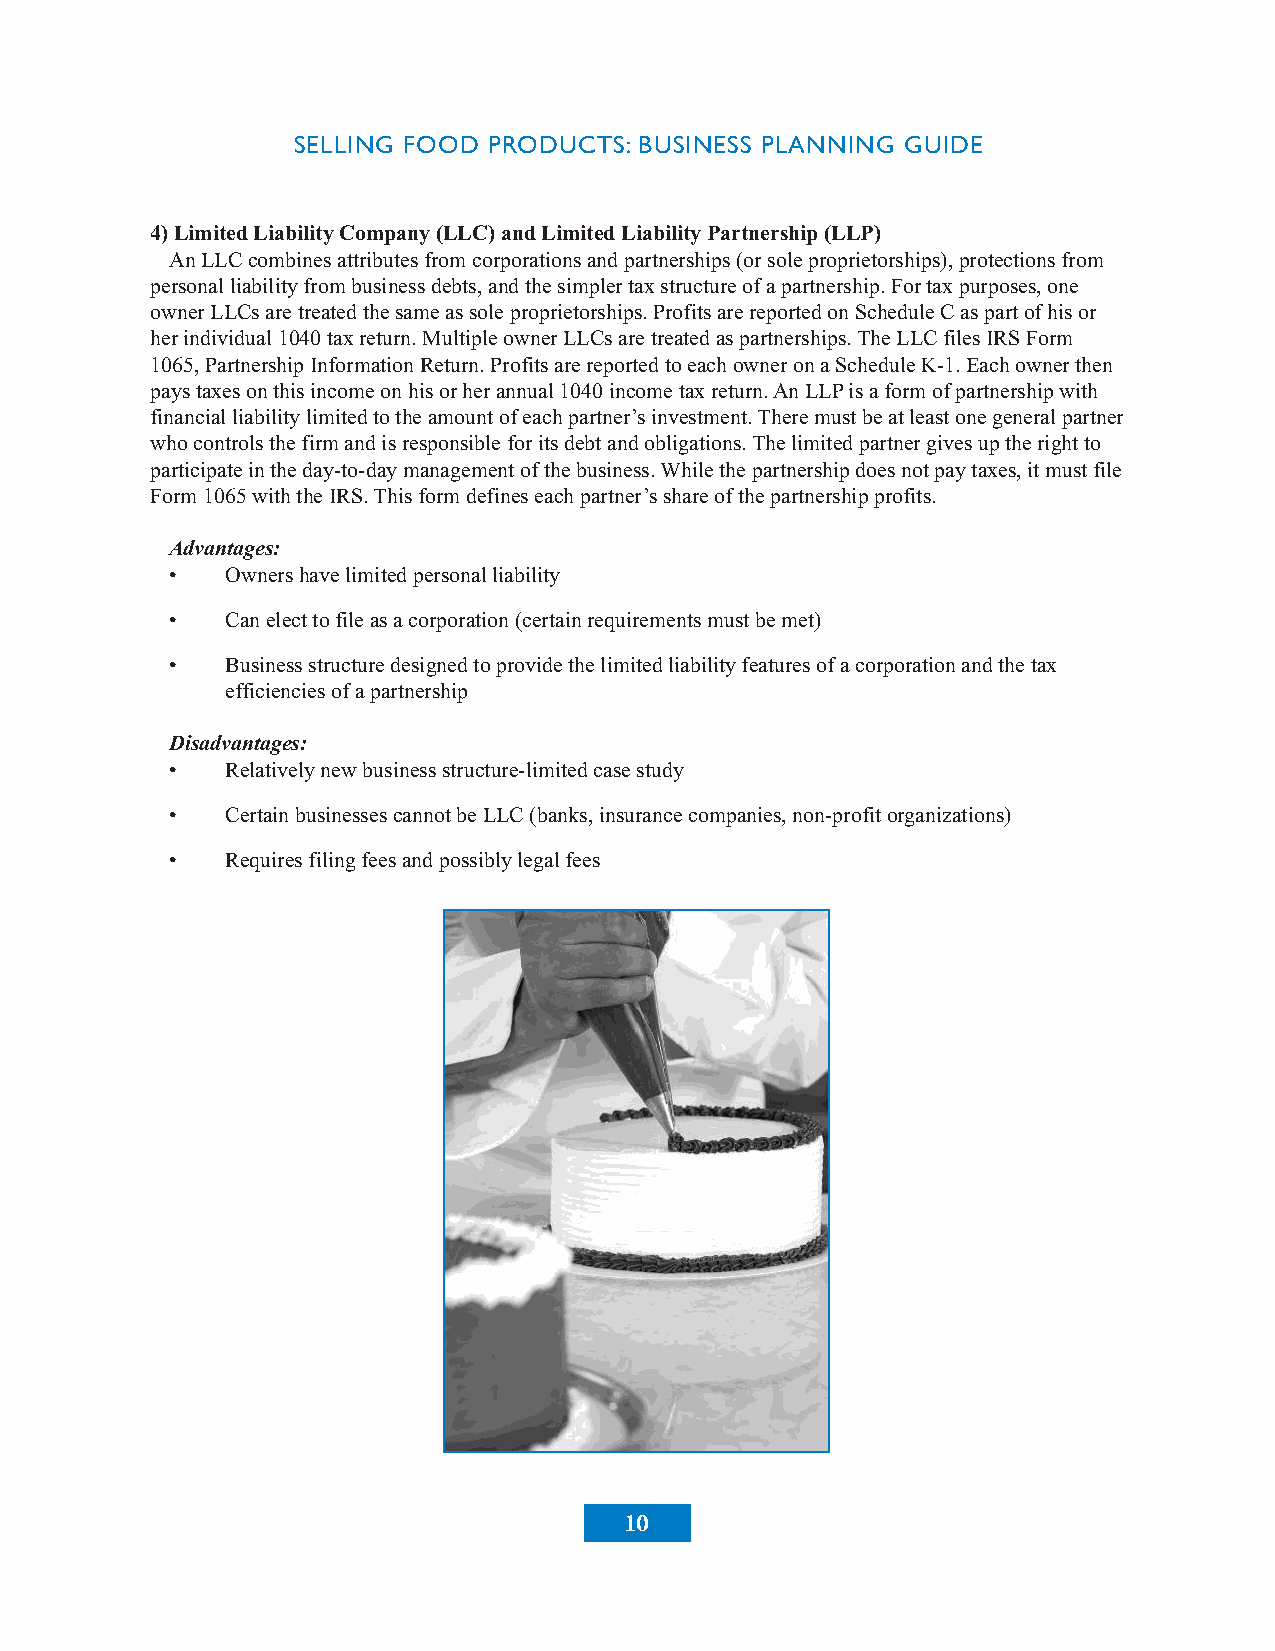
SELLING FOOD PRODUCTS: BUSINESS PLANNING GUIDE
 4)LimitedLiabilityCompany(LLC)andLimitedLiabilityPartnership(LLP)
 AnLLCcombinesattributesfromcorporationsandpartnerships(orsoleproprietorships),protectionsfrom
 personalliabilityfrombusinessdebts,andthesimplertaxstructureofapartnership.Fortaxpurposes,one
 ownerLLCsaretreatedthesameassoleproprietorships.ProfitsarereportedonScheduleCaspartofhisor
 herindividual1040taxreturn.MultipleownerLLCsaretreatedaspartnerships.TheLLCfilesIRSForm
 1065,PartnershipInformationReturn.ProfitsarereportedtoeachowneronaScheduleK-1.Eachownerthen
 paystaxesonthisincomeonhisorherannual1040incometaxreturn.AnLLPisaformofpartnershipwith
 financialliabilitylimitedtotheamountofeachpartner’sinvestment.Theremustbeatleastonegeneralpartner
 whocontrolsthefirmandisresponsibleforitsdebtandobligations.Thelimitedpartnergivesuptherightto
 participateintheday-to-daymanagementofthebusiness.Whilethepartnershipdoesnotpaytaxes,itmustfile
 Form1065withtheIRS.Thisformdefineseachpartner’sshareofthepartnershipprofits.
 Advantages:
 •   Ownershavelimitedpersonalliability
 •   Canelecttofileasacorporation(certainrequirementsmustbemet)
 •   Businessstructuredesignedtoprovidethelimitedliabilityfeaturesofacorporationandthetax
 efficienciesofapartnership
 Disadvantages:
 •   Relativelynewbusinessstructure-limitedcasestudy
 •   CertainbusinessescannotbeLLC(banks,insurancecompanies,non-profitorganizations)
 •   Requiresfilingfeesandpossiblylegalfees
 10